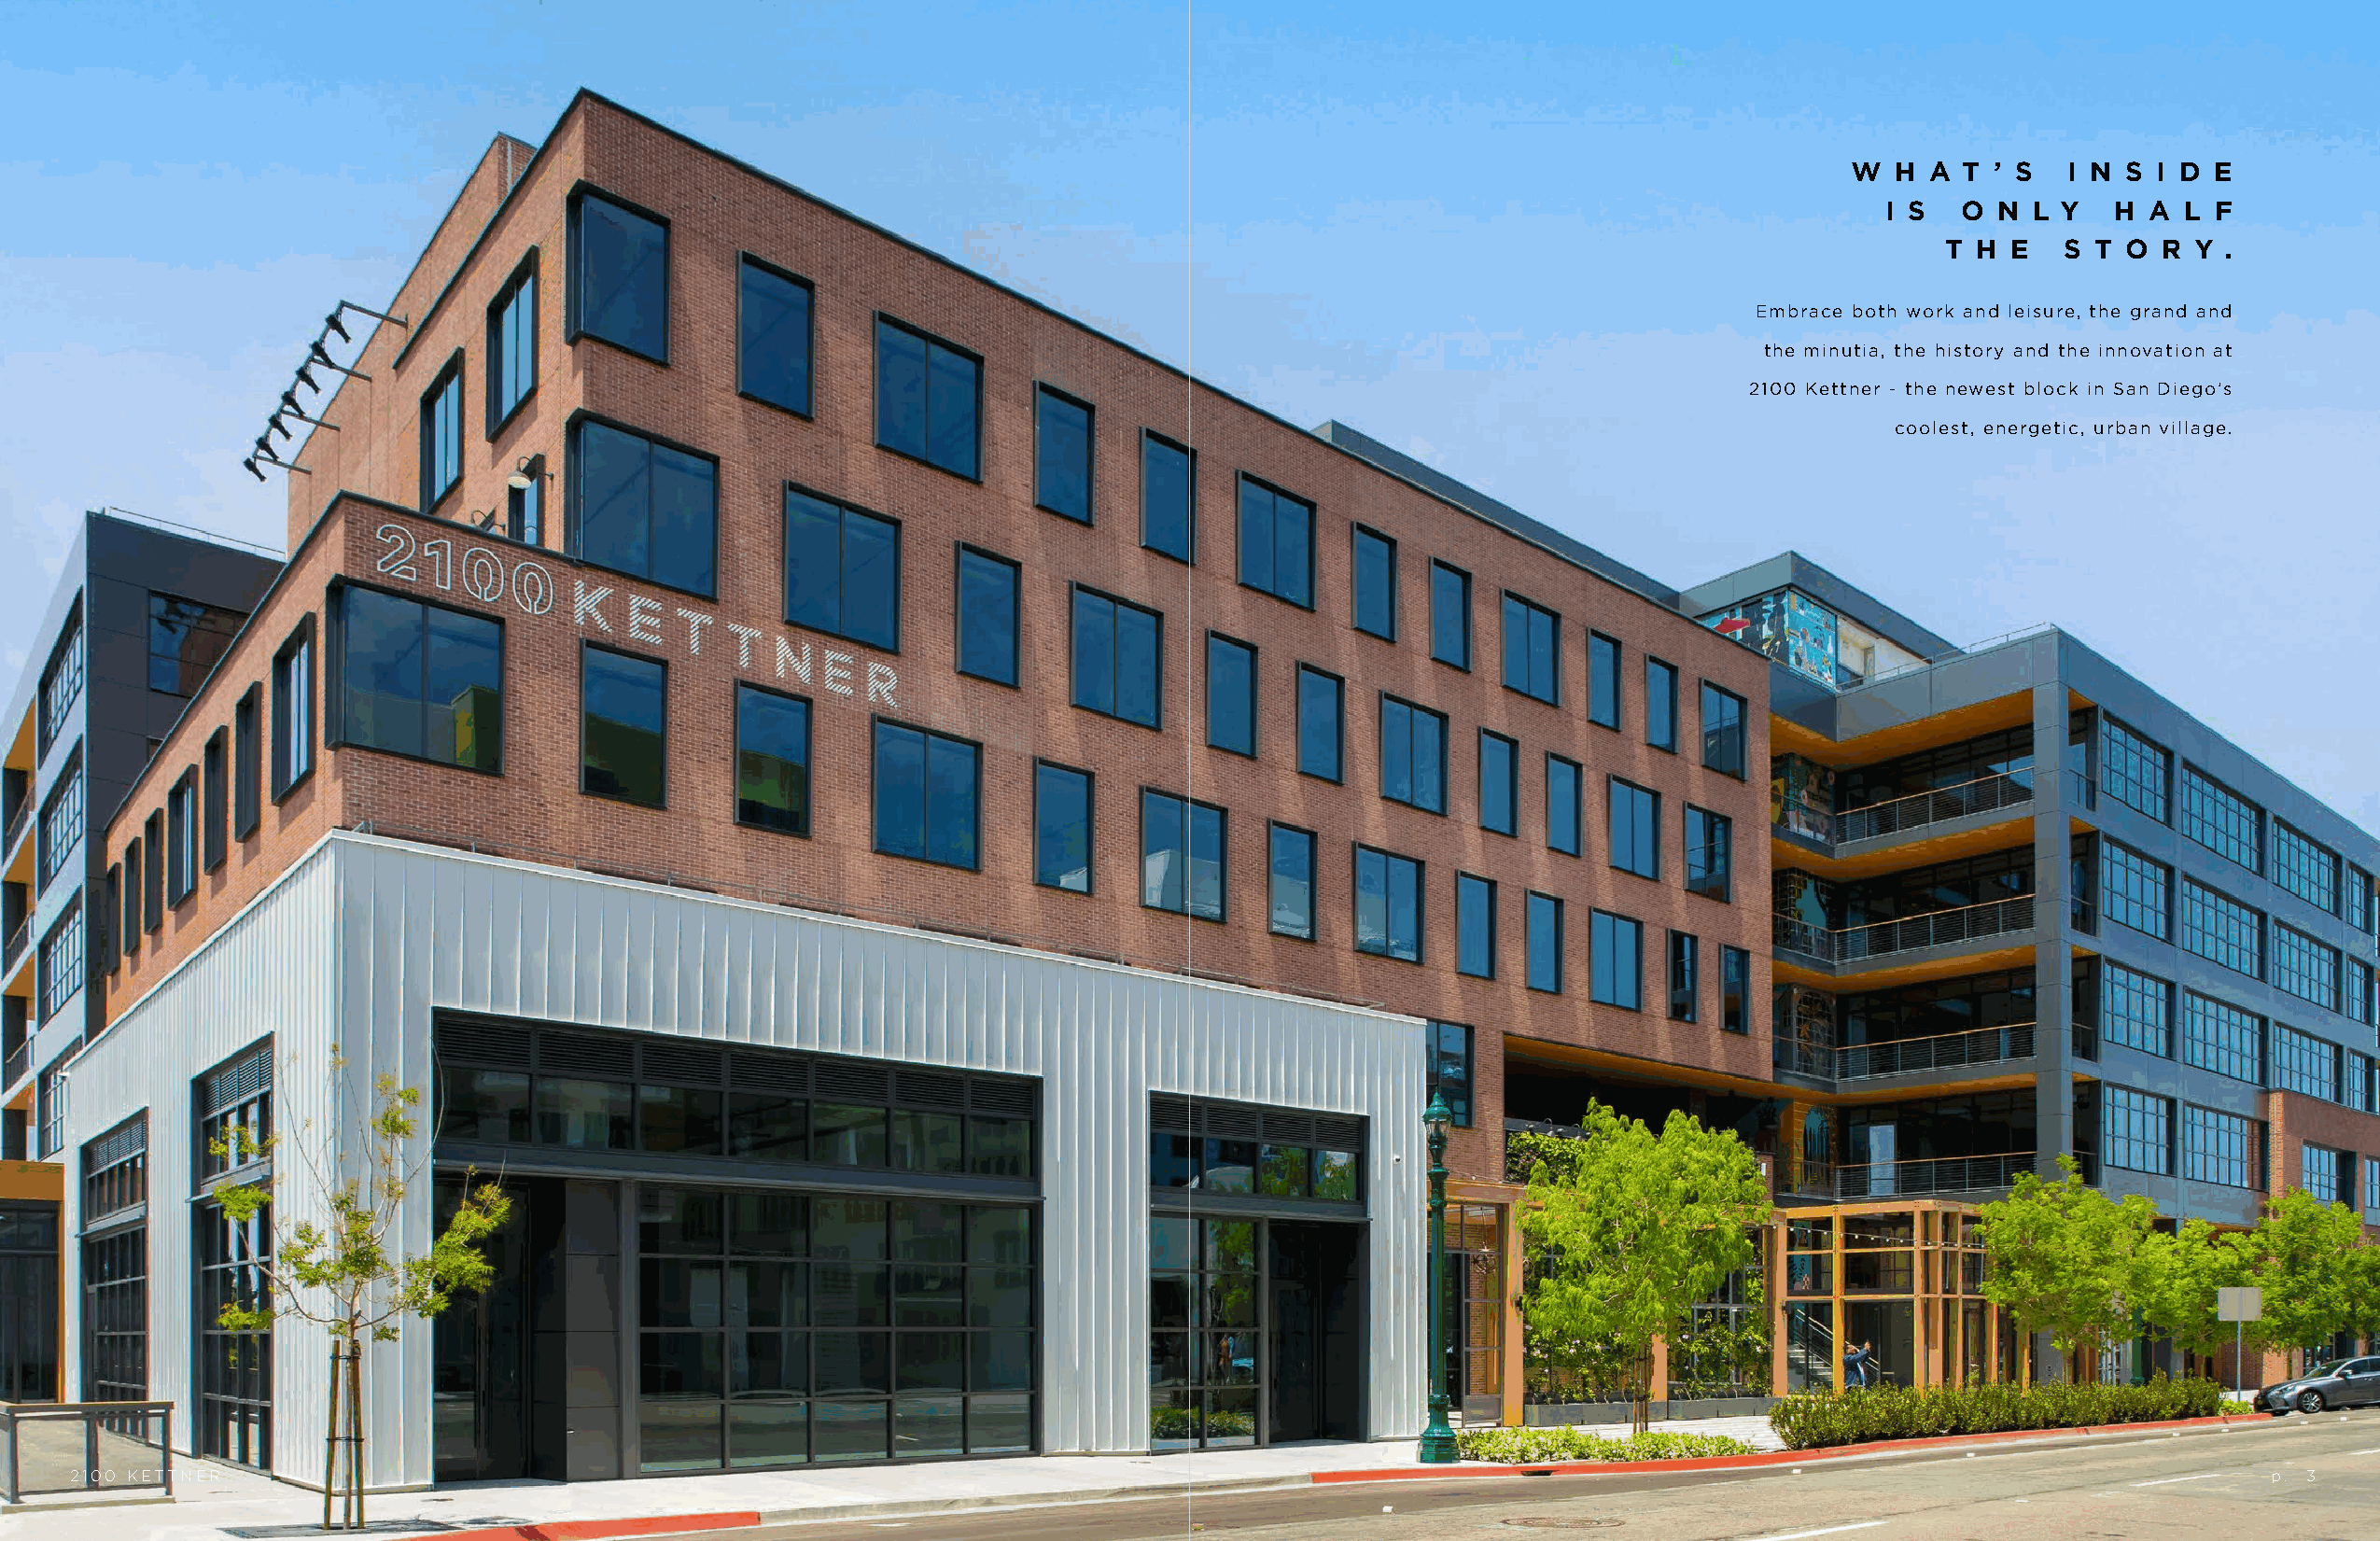
W  H  A T ’ S   I N S I D E
 I S  O  N L Y   H A  L F
 T H  E  S  T O R  Y .
 Embrace both work and leisure, the grand and
 the minutia, the history and the innovation at
 2100 Kettner - the newest block in San Diego’s
 coolest, energetic, urban village.
 2100 KETTNER                                                                                                                                                p. 3